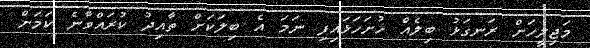
މަޖިލީހަށް ރަނގަޅު ބިލެއް ހުށަހަޅައިފި ނަމަ އެ ބިލަކަށް ތާއިދު ކުރައްވާނެ ކަމަށް